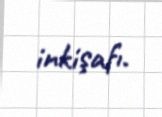
inkişafı.